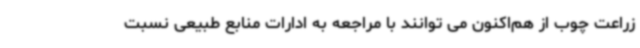
زراعت چوب از هم‌اکنون می توانند با مراجعه به ادارات منابع طبیعی نسبت